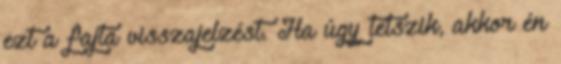
ezt a fajta visszajelzést. Ha úgy tetszik, akkor én